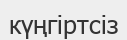
күңгіртсіз